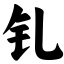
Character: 钆